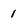
Character: i